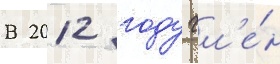
В 2012 году чл'е́н